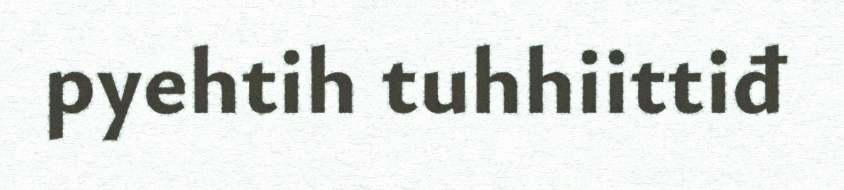
pyehtih tuhhiittiđ